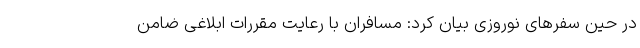
در حین سفر‌های نوروزی بیان کرد: مسافران با رعایت مقررات ابلاغی ضامن